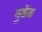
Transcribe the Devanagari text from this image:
वुडेंड